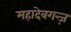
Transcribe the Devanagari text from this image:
महादेवगन्ज़